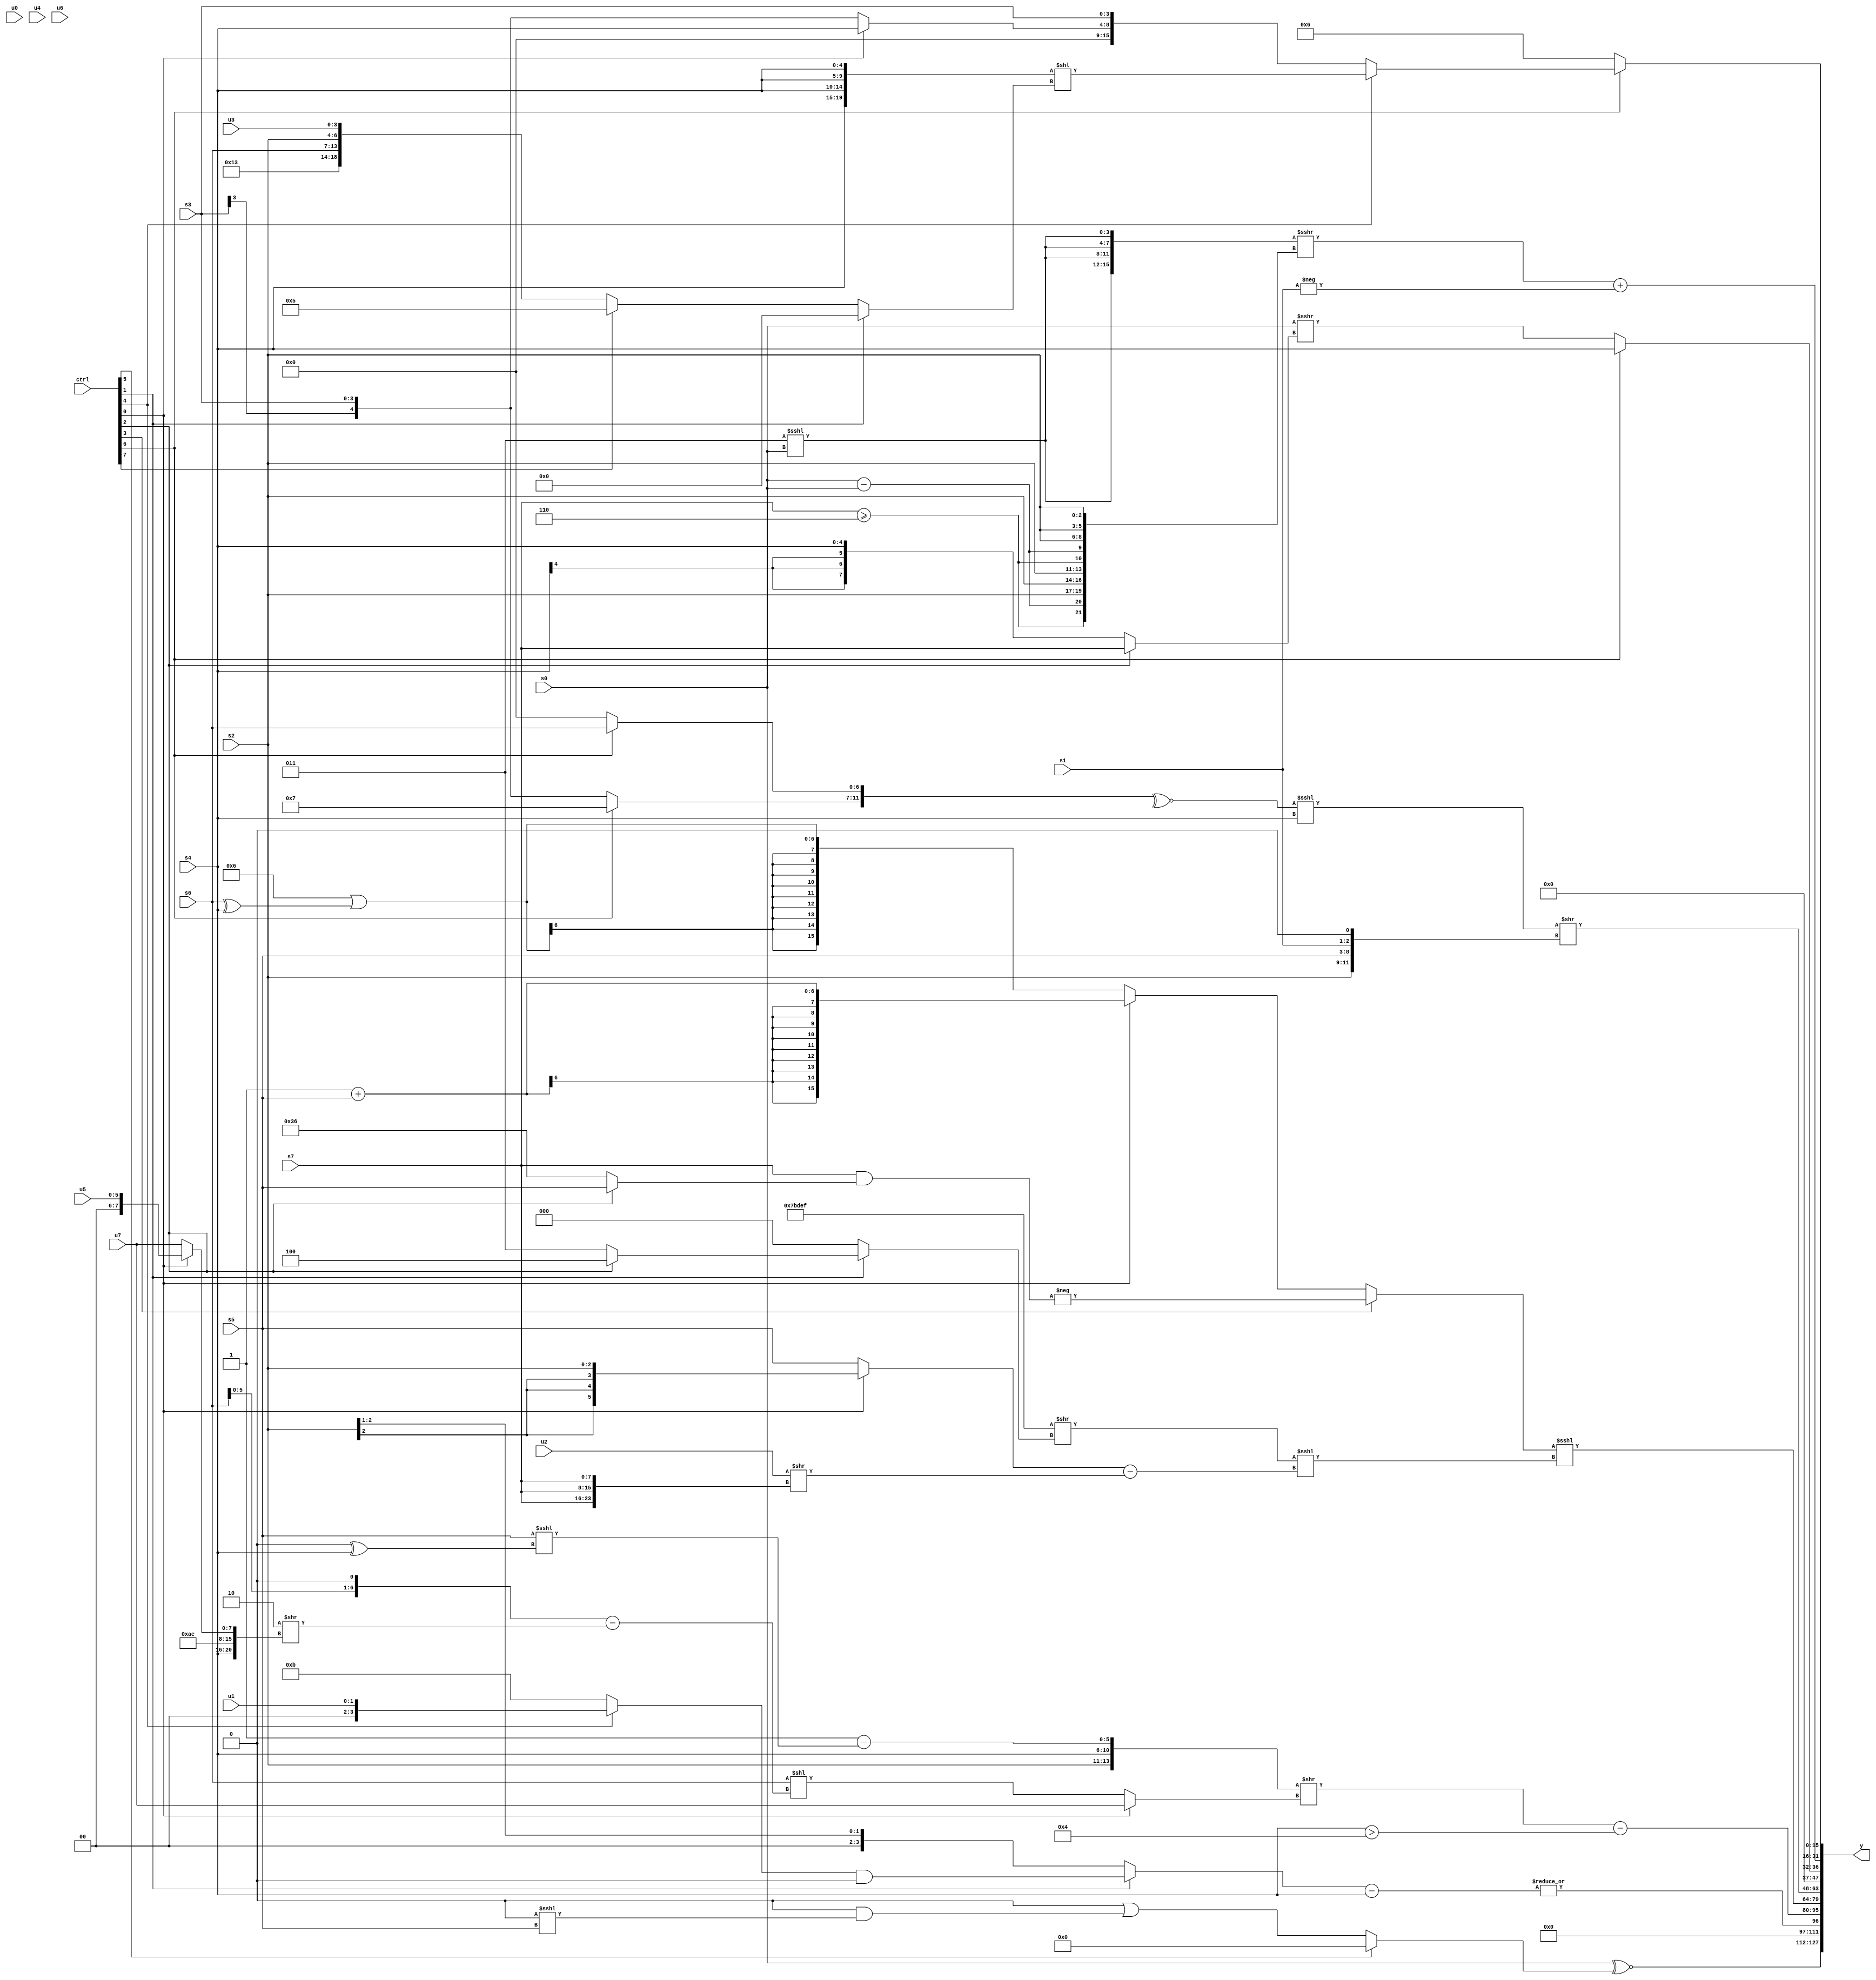
module wideexpr_00104(ctrl, u0, u1, u2, u3, u4, u5, u6, u7, s0, s1, s2, s3, s4, s5, s6, s7, y);
  input [7:0] ctrl;
  input [0:0] u0;
  input [1:0] u1;
  input [2:0] u2;
  input [3:0] u3;
  input [4:0] u4;
  input [5:0] u5;
  input [6:0] u6;
  input [7:0] u7;
  input signed [0:0] s0;
  input signed [1:0] s1;
  input signed [2:0] s2;
  input signed [3:0] s3;
  input signed [4:0] s4;
  input signed [5:0] s5;
  input signed [6:0] s6;
  input signed [7:0] s7;
  output [127:0] y;
  wire [15:0] y0;
  wire [15:0] y1;
  wire [15:0] y2;
  wire [15:0] y3;
  wire [15:0] y4;
  wire [15:0] y5;
  wire [15:0] y6;
  wire [15:0] y7;
  assign y = {y0,y1,y2,y3,y4,y5,y6,y7};
  assign y0 = (s0)^~((ctrl[5]?2'sb00:(2'sb00)|(+(({1{1'sb0}})&(({3{({1'b0,1'sb1,1'sb0,4'sb0110})<=(|(2'b10))}})<<<(s5))))));
  assign y1 = |(((ctrl[1]?$signed(((ctrl[4]?u1:6'b001011))&((6'sb110110)>=(1'sb1))):+(({2{s2}})>>>($signed(4'sb0100)))))-(s4));
  assign y2 = (({s2,s4,(+(|(5'sb11010)))-((s5)<<<((3'sb000)^(s4)))})>>((ctrl[0]?u7:(s6)<<(((s6)<<(1'sb1))-((3'b010)>>({s4,-(4'sb0110),4'sb1110,(ctrl[0]?u5:u7)}))))))-((s4)>(-(4'sb1100)));
  assign y3 = ((ctrl[3]?-((s7)&((ctrl[2]?s5:6'sb110110))):(ctrl[0]?(1'sb1)+($signed({1{s5}})):(5'sb00110)|((s6)^(s4)))))<<<((+({(+({4{5'sb01111}}))>>((ctrl[1]?(ctrl[2]?3'b100:2'sb11):(6'sb000001)^(4'b0001)))}))<<<(({($signed((ctrl[0]?s2:s5)))-(($signed(u2))>>({3{s7}})),&($unsigned(-(s1)))})>>>(~^(5'sb11101))));
  assign y4 = ((~^({(ctrl[6]?5'sb00111:s3),(ctrl[6]?s6:1'sb0)}))<<<(s4))>>({s2,s5,s1,1'sb0});
  assign y5 = +({(ctrl[6]?$signed(+(s4)):(s0)>>>((ctrl[2]?+(s7):+(s4))))});
  assign y6 = {4{({~^((5'sb10010)^~($signed($unsigned(s3)))),+($signed(-((s7)&(6'sb011011)))),($signed({4{(4'sb0011)<<<(s0)}}))>>>({2{{(s7)>=(4'b0110),(s0)-(s0),{3{s2}}}}})})+(-(s1))}};
  assign y7 = {4{(ctrl[6]?+((ctrl[4]?({4{s4}})<<($signed((ctrl[1]?$signed({4{2'sb00}}):(ctrl[7]?3'b101:{5'sb10011,s6,s2,u3})))):{(ctrl[0]?+(s4):s3),s3})):3'sb110)}};
endmodule